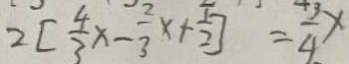
2 [ \frac { 4 } { 3 } x - \frac { 2 } { 3 } x + \frac { 1 } { 2 } ] = \frac { 3 } { 4 } x